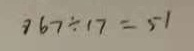
8 6 7 \div 1 7 = 5 1